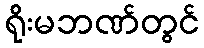
ရိုးမဘဏ်တွင်